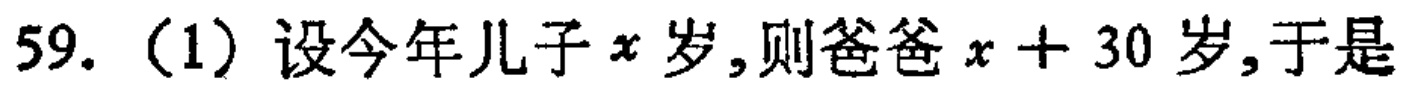
59.（1）设今年儿子\(x\)岁,则爸爸\(x + 30\)岁,于是